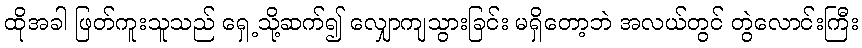
ထိုအခါ ဖြတ်ကူးသူသည် ရှေ့သို့ဆက်၍ လျှောကျသွားခြင်း မရှိတော့ဘဲ အလယ်တွင် တွဲလောင်းကြီး